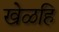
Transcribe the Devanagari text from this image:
खेळहि